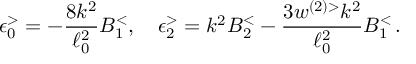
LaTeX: \epsilon _ { 0 } ^ { > } = - \frac { 8 k ^ { 2 } } { \ell _ { 0 } ^ { 2 } } B _ { 1 } ^ { < } , \quad \epsilon _ { 2 } ^ { > } = k ^ { 2 } B _ { 2 } ^ { < } - \frac { 3 w ^ { ( 2 ) > } k ^ { 2 } } { \ell _ { 0 } ^ { 2 } } B _ { 1 } ^ { < } \, .